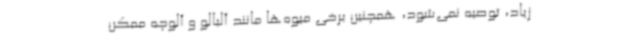
زیاد، توصیه نمی‌شود، همچنین برخی میوه‌ها مانند آلبالو و آلوچه ممکن